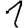
Digit: 1